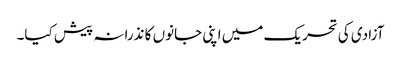
آزادی کی تحریک میں اپنی جانوں کا نذرانہ پیش کیا۔